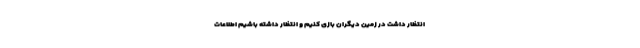
انتظار داشت در زمین دیگران بازی کنیم و انتظار داشته باشیم اطلاعات